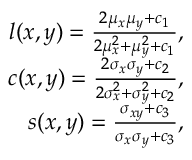
\begin{array} { r } { l ( x , y ) = \frac { 2 \mu _ { x } \mu _ { y } + c _ { 1 } } { 2 \mu _ { x } ^ { 2 } + \mu _ { y } ^ { 2 } + c _ { 1 } } , } \\ { c ( x , y ) = \frac { 2 \sigma _ { x } \sigma _ { y } + c _ { 2 } } { 2 \sigma _ { x } ^ { 2 } + \sigma _ { y } ^ { 2 } + c _ { 2 } } , } \\ { s ( x , y ) = \frac { \sigma _ { x y } + c _ { 3 } } { \sigma _ { x } \sigma _ { y } + c _ { 3 } } , } \end{array}